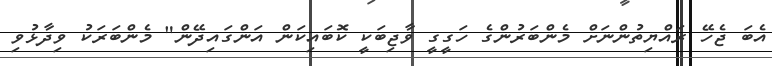
އެބަ ޖެހޭ ރައްޔިތުންނަށް މެންބަރުންގެ ހަގީގީ ވާޖިބަކީ ކޮބައިކަން އަންގައިދޭން" މެންބަރަކު ވިދާޅުވި